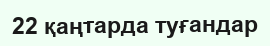
22 қаңтарда туғандар